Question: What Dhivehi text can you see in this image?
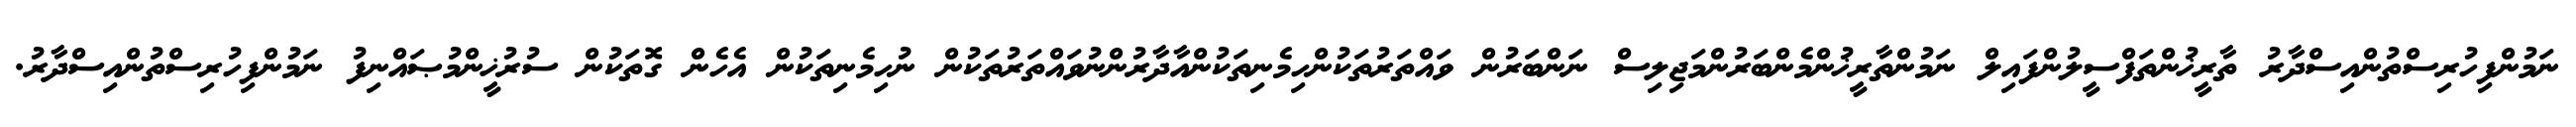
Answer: ނަމުންފިހުރިސްތުންއިސްދާރު ތާރީޚުންތަފްސީލުންފައިލް ނަމުންތާރީޚުންމެންބަރުންމަޖިލިސް ނަންބަރުން ވައްތަރުތަކުންހިމެނިތަކުންއާދާރުންނުވައްތަރުތަކުން ނުހިމެނިތަކުން އެހެން ގޮތަކުން ސުރުޚީންމުޞައްނިފު ނަމުންފިހުރިސްތުންއިސްދާރު.